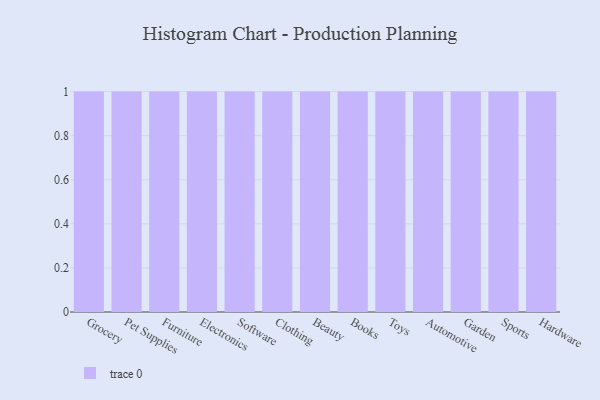
{"axis": {"x": "Category", "y": "Satisfaction Score"}, "legend": [""], "data": [{"x": "Grocery", "y": 31, "type": ""}, {"x": "Pet Supplies", "y": 10, "type": ""}, {"x": "Furniture", "y": 2, "type": ""}, {"x": "Electronics", "y": 78, "type": ""}, {"x": "Software", "y": 25, "type": ""}, {"x": "Clothing", "y": 36, "type": ""}, {"x": "Beauty", "y": 82, "type": ""}, {"x": "Books", "y": 92, "type": ""}, {"x": "Toys", "y": 52, "type": ""}, {"x": "Automotive", "y": 54, "type": ""}, {"x": "Garden", "y": 77, "type": ""}, {"x": "Sports", "y": 1, "type": ""}, {"x": "Hardware", "y": 49, "type": ""}]}